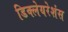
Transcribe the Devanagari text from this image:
डिक्लेयरेशंस